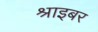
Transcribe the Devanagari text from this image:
श्राइबर